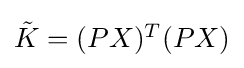
{\textstyle {\tilde {K}}=(PX)^{T}(PX)}